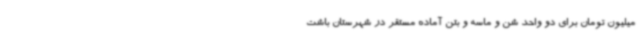
میلیون تومان برای دو واحد شن و ماسه و بتن آماده مستقر در شهرستان باشت